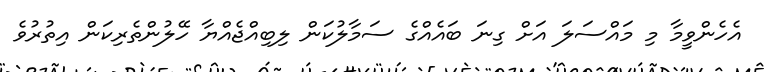
އެހެންވީމާ މި މައްސަލަ އަށް ގިނަ ބައެއްގެ ސަމާލުކަން ލިބިއްޖެއްޔާ ހޭލުންތެރިކަން އިތުރުވެ